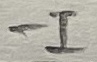
Text: -I